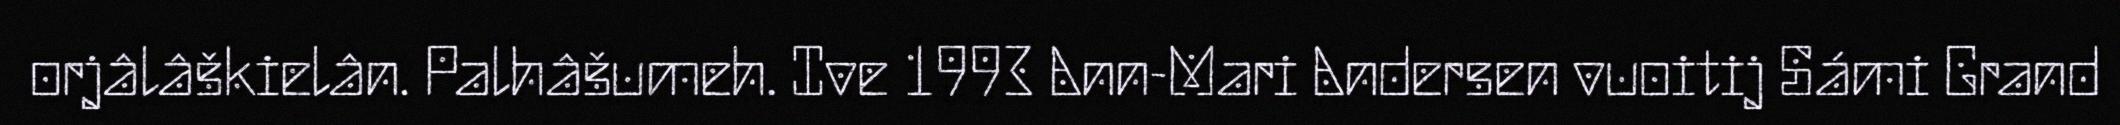
orjâlâškielân. Palhâšumeh. Ive 1993 Ann-Mari Andersen vuoitij Sámi Grand